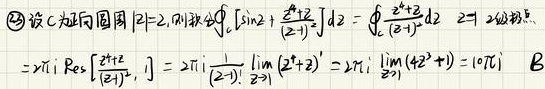
\[
\begin{align*}
&\textcircled{2}设 C 为圆周 |z| = 2, 则积分 \oint_{C}\left[\sin z+\frac{z^{2}+2}{(z - 1)^{3}}\right]dz=\oint_{C}\frac{z^{2}+2}{(z - 1)^{3}}dz\quad(因为\sin z 在|z|\leq2 解析)\\
&=2\pi i\ \text{Res}\left[\frac{z^{2}+2}{(z - 1)^{3}},1\right]=2\pi i\cdot\frac{1}{(3 - 1)!}\lim_{z\rightarrow1}\frac{d^{2}}{dz^{2}}(z^{2}+2)=2\pi i\cdot\frac{1}{2!}\lim_{z\rightarrow1}(4z^{2}+0)=10\pi i\quad\ \ \ \text{。}
\end{align*}
\]